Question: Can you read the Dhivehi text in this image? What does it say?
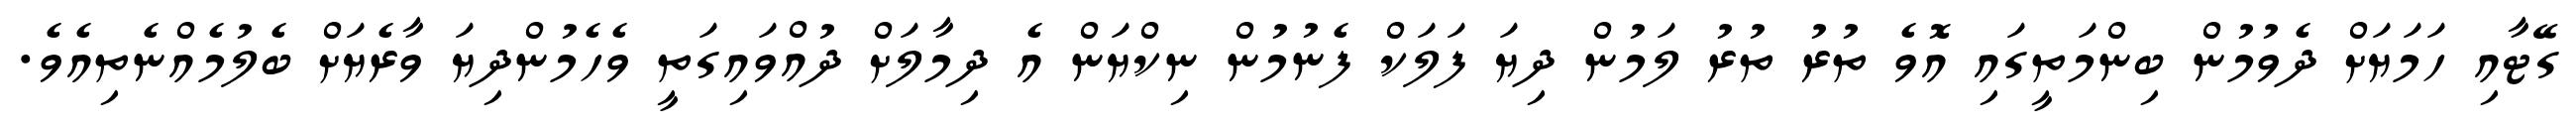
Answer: ގޭޓާއި ހަމަޔަށް ދެވުމުން ބިންމަތީގައި އޮވެ ތުރު ތުރު ލަމުން ދިޔަ ފަލަކް ފެނުމުން ނިކްޔަން އެ ދިމާލަށް ދުއްވައިގަތީ ވެހެމުންދިޔަ ވާރެޔަށް ބެލުމެއްނެތިއެވެ.